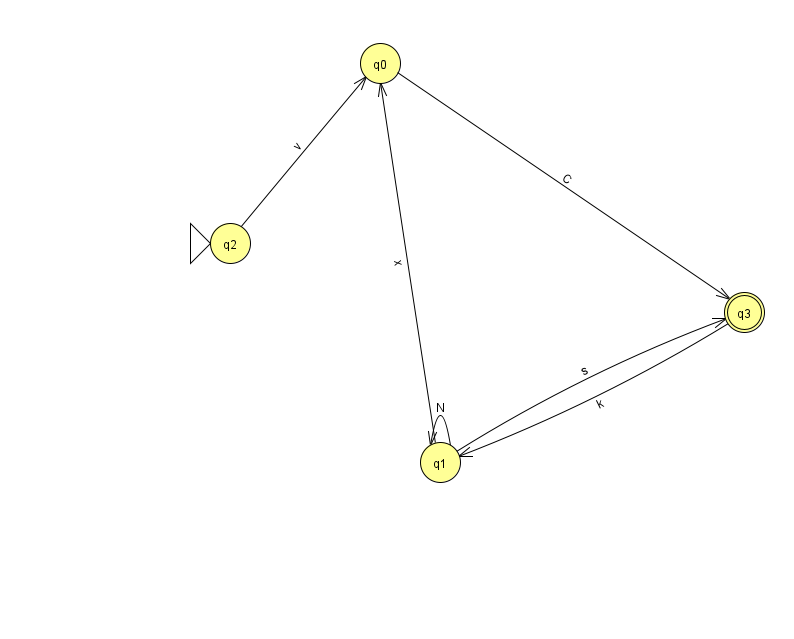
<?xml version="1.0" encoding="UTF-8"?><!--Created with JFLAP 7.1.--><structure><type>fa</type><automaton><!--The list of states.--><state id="0" name="q0"><x>380.0</x><y>50.0</y></state><state id="1" name="q1"><x>440.0</x><y>449.0</y></state><state id="2" name="q2"><x>230.0</x><y>230.0</y><initial/></state><state id="3" name="q3"><x>744.0</x><y>299.0</y><final/></state><!--The list of transitions.--><transition><from>3</from><to>1</to><read>k</read></transition><transition><from>0</from><to>3</to><read>C</read></transition><transition><from>1</from><to>0</to><read>x</read></transition><transition><from>2</from><to>0</to><read>v</read></transition><transition><from>1</from><to>3</to><read>s</read></transition><transition><from>1</from><to>1</to><read>N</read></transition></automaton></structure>